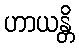
ဟာယန္တိ